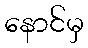
နောင်မှ